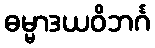
ဓမ္မာဒယဝိဘင်္ဂ